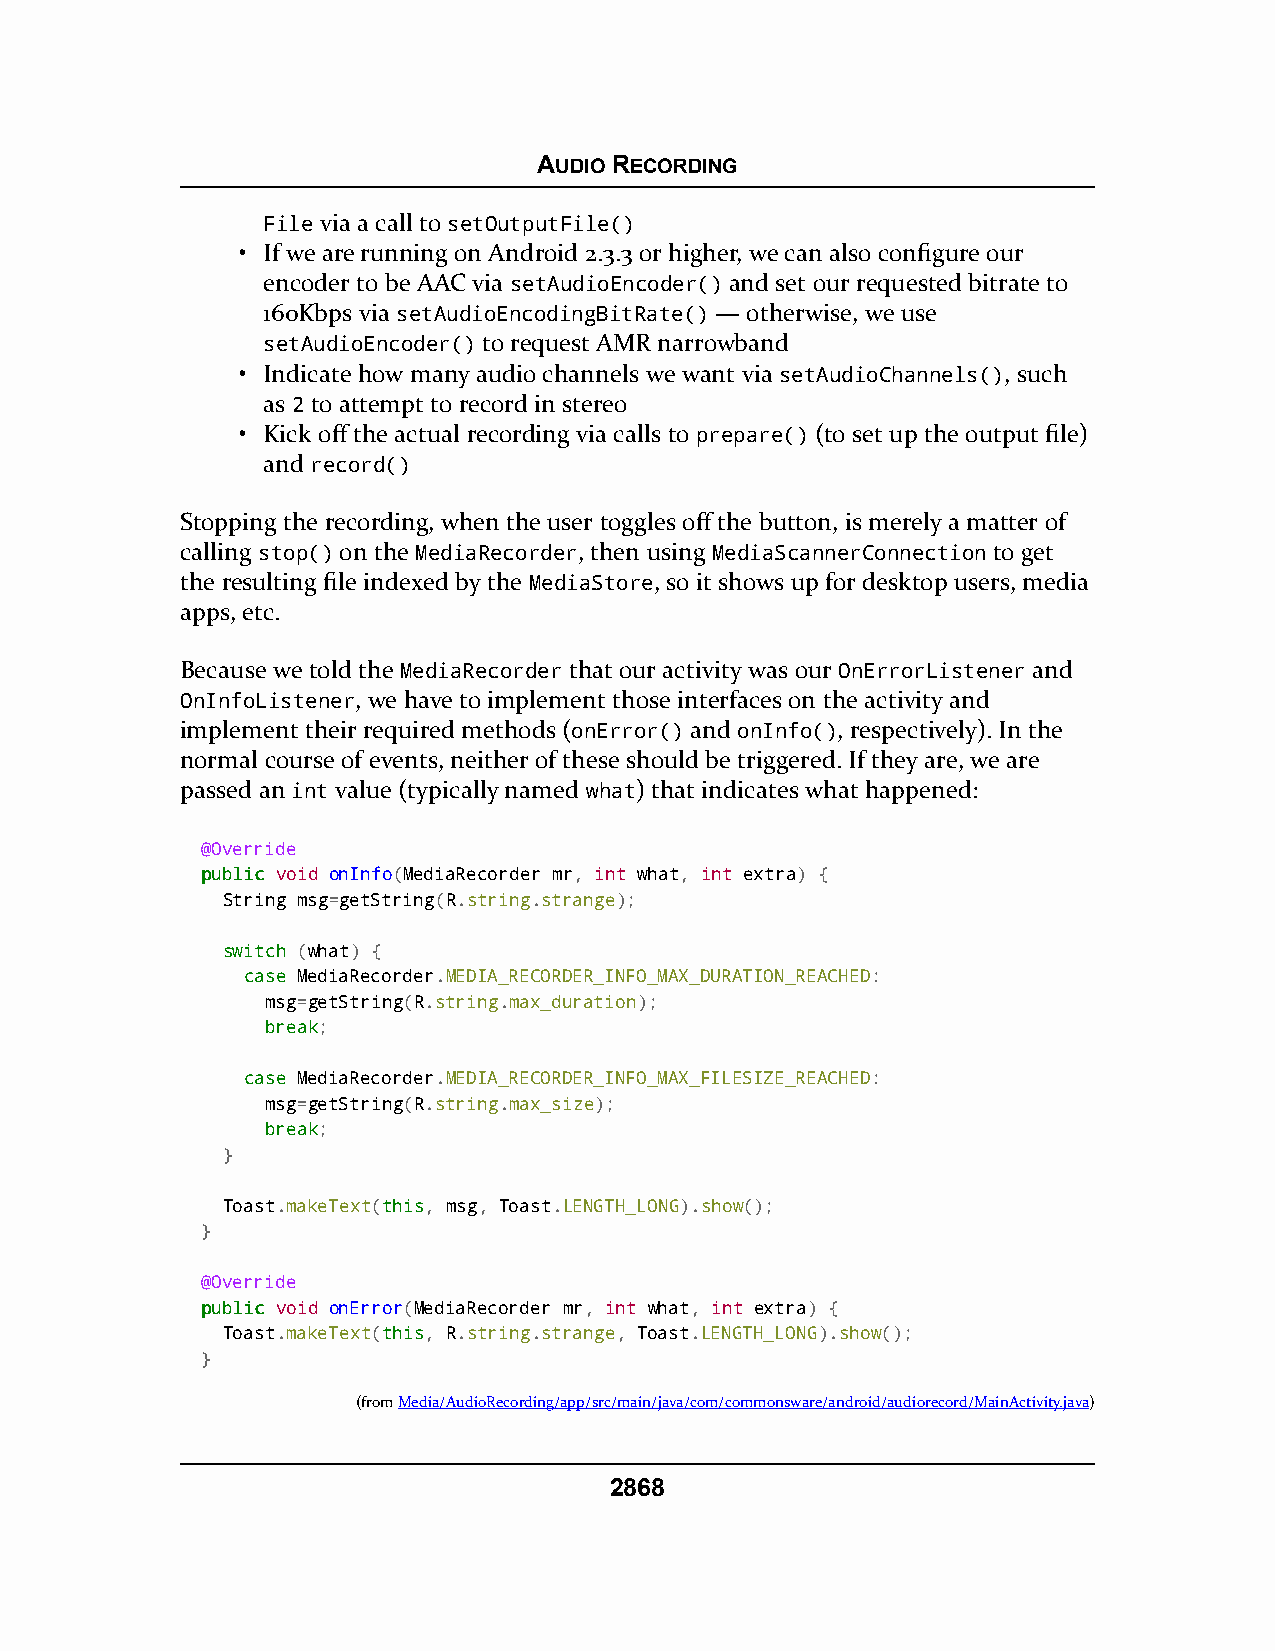
AUDIO RECORDING
 File via a call to setOutputFile()
 • If we are running on Android 2.3.3 or higher, we can also configure our
 encoder to be AAC via setAudioEncoder() and set our requested bitrate to
 160Kbps via setAudioEncodingBitRate() — otherwise, we use
 setAudioEncoder() to request AMR narrowband
 • Indicate how many audio channels we want via setAudioChannels(), such
 as 2 to attempt to record in stereo
 • Kick off the actual recording via calls to prepare() (to set up the output file)
 and record()
 Stopping the recording, when the user toggles off the button, is merely a matter of
 calling stop() on the MediaRecorder, then using MediaScannerConnection to get
 the resulting file indexed by the MediaStore, so it shows up for desktop users, media
 apps, etc.
 Because we told the MediaRecorder that our activity was our OnErrorListener and
 OnInfoListener, we have to implement those interfaces on the activity and
 implement their required methods (onError() and onInfo(), respectively). In the
 normal course of events, neither of these should be triggered. If they are, we are
 passed an int value (typically named what) that indicates what happened:
 @Override
 ppuubblliicc void onInfo(MediaRecorder mr, int what, int extra) {
 String msg=getString(R.string.strange);
 sswwiittcchh (what) {
 ccaassee MediaRecorder.MEDIA_RECORDER_INFO_MAX_DURATION_REACHED:
 msg=getString(R.string.max_duration);
 bbrreeaakk;
 ccaassee MediaRecorder.MEDIA_RECORDER_INFO_MAX_FILESIZE_REACHED:
 msg=getString(R.string.max_size);
 bbrreeaakk;
 }
 Toast.makeText(tthhiiss, msg, Toast.LENGTH_LONG).show();
 }
 @Override
 ppuubblliicc void onError(MediaRecorder mr, int what, int extra) {
 Toast.makeText(tthhiiss, R.string.strange, Toast.LENGTH_LONG).show();
 }
 (fromMedia/AudioRecording/app/src/main/java/com/commonsware/android/audiorecord/MainActivity.java)
 2868